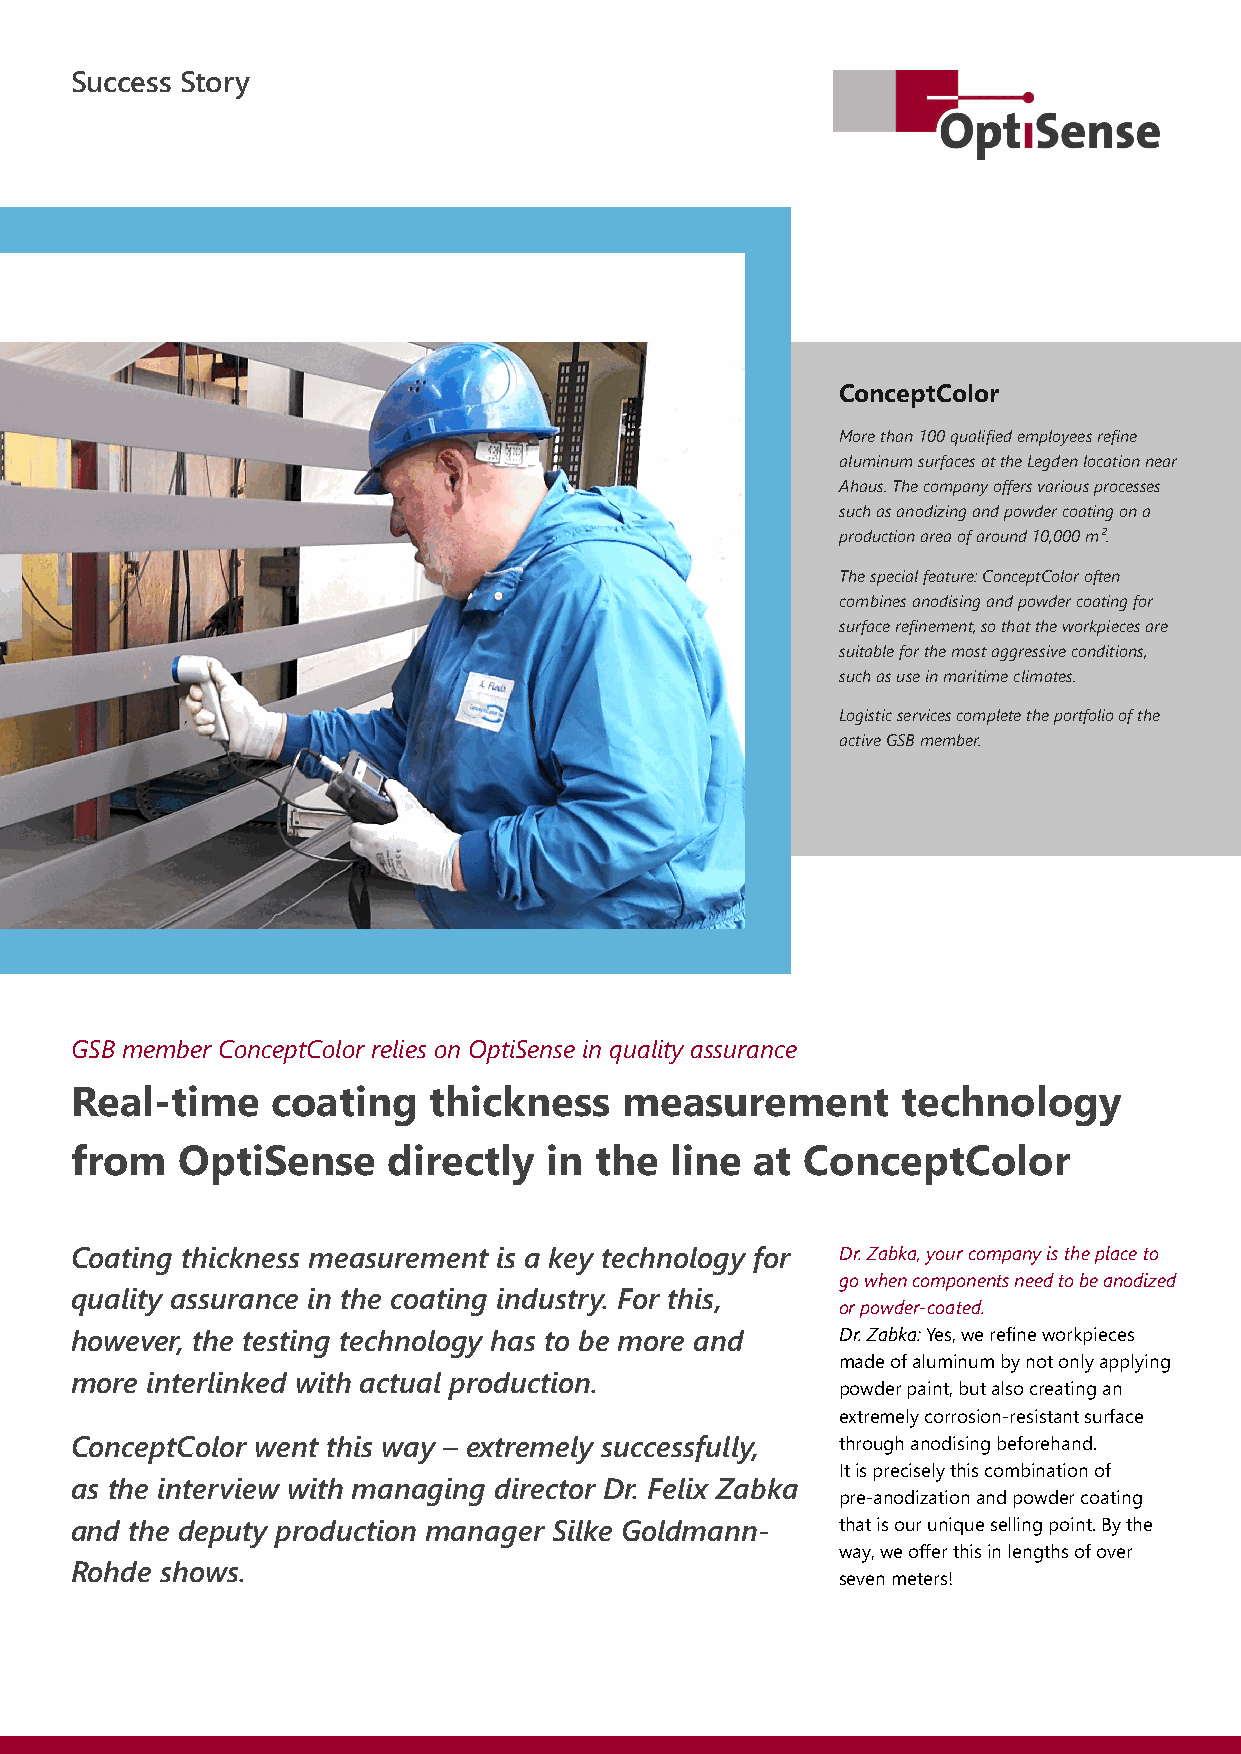
Success Story
 ConceptColor
 Morethan100qualifiedemployeesrefine
 aluminumsurfacesattheLegdenlocationnear
 Ahaus.Thecompanyoffersvariousprocesses
 suchasanodizingandpowdercoatingona
 productionareaofaround10,000m².
 Thespecialfeature:ConceptColoroften
 combinesanodisingandpowdercoatingfor
 surfacerefinement,sothattheworkpiecesare
 suitableforthemostaggressiveconditions,
 suchasuseinmaritimeclimates.
 Logisticservicescompletetheportfolioofthe
 activeGSBmember.
 GSB member ConceptColor relies on OptiSense in quality assurance
 Real-time    coating   thickness    measurement        technology
 from   OptiSense     directly  in the  line  at ConceptColor
 Coating thickness measurement is a key technology for Dr.Zabka,yourcompanyistheplaceto
 gowhencomponentsneedtobeanodized
 quality assurance in the coating industry. For this,
 orpowder-coated.
 however, the testing technology has to be more and Dr.Zabka:Yes,werefineworkpieces
 madeofaluminumbynotonlyapplying
 more interlinked with actual production.
 powderpaint,butalsocreatingan
 extremelycorrosion-resistantsurface
 ConceptColor went this way – extremely successfully, throughanodisingbeforehand.
 Itispreciselythiscombinationof
 as the interview with managing director Dr. Felix Zabka
 pre-anodizationandpowdercoating
 and the deputy production manager Silke Goldmann-  thatisouruniquesellingpoint.Bythe
 way,weofferthisinlengthsofover
 Rohde shows.
 sevenmeters!